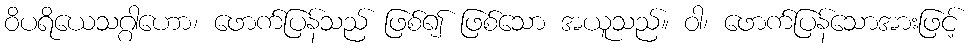
ဝိပရိယေသဂ္ဂါဟော၊ ဖောက်ပြန်သည် ဖြစ်၍ ဖြစ်သော အယူသည်။ ဝါ၊ ဖောက်ပြန်သောအားဖြင့်